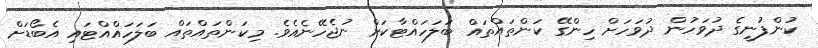
ކުންފުނީގެ ދުވަހުން ދުވަހަށް ހިންގޭ ކަންތައްތައް ބަލަހައްޓާކަށް ނުޖެހޭނެއެވެ. މިކަންތައްތައް ބަލަހައްއްޓައި އެބޯޑަށް